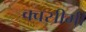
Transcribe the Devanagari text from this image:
क्वसीमी